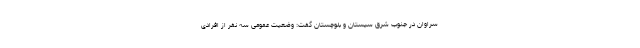
سراوان در جنوب شرق سیستان و بلوچستان گفت: وضعیت عمومی سه نفر از افرادی